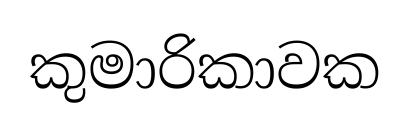
කුමාරිකාවක